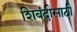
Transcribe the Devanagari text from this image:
शिबंदीसाठी